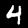
Digit: 4